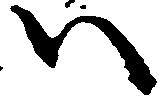
ハ